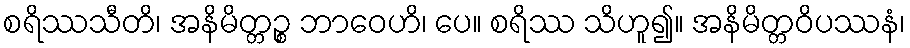
စရိဿသီတိ၊ အနိမိတ္တဉ္စ ဘာဝေဟိ၊ ပေ။ စရိဿ သိဟူ၍။ အနိမိတ္တဝိပဿနံ၊